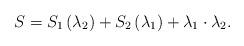
LaTeX: \begin{align*}S=S_1\left( \lambda _2\right) +S_2\left( \lambda _1\right) +\lambda _1\cdot\lambda _2. \end{align*}